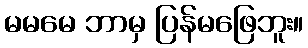
မမမေ ဘာမှ ပြန်မဖြေဘူး။